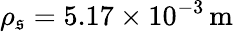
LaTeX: \rho_{\mathfrak{s}}=5.17\times10^{-3}\, \mathrm{{m}}